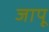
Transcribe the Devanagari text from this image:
जापू